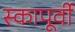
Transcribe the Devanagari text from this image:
स्कापूर्वी